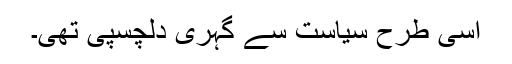
اسی طرح سیاست سے گہری دلچسپی تھی۔